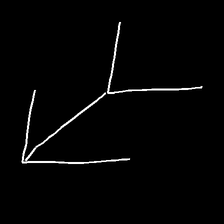
Glyph: gather